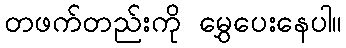
တဖက်တည်းကို မွှေပေးနေပါ။